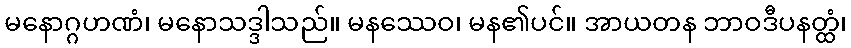
မနောဂ္ဂဟဏံ၊ မနောသဒ္ဒါသည်။ မနဿေဝ၊ မန၏ပင်။ အာယတန ဘာဝဒီပနတ္ထံ၊